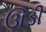
ઊડી